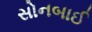
સોનબાઈ